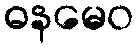
ဓနမေဝ